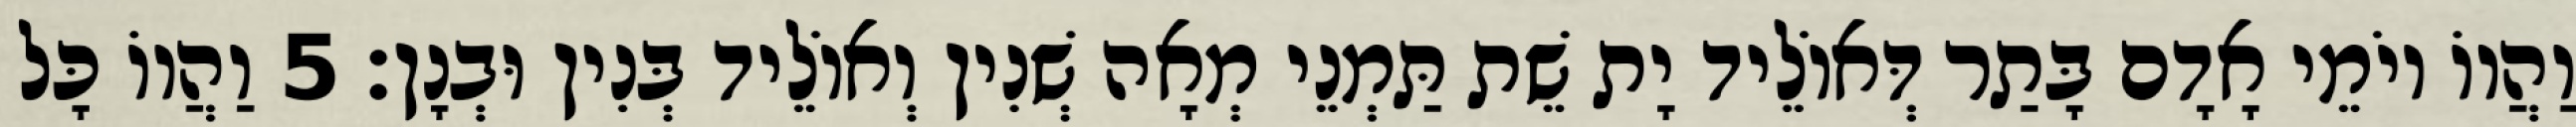
וַהֲווֹ יוֹמֵי אָדָם בָּתַר דְּאוֹלֵיד יָת שֵׁת תַּמְנֵי מְאָה שְׁנִין וְאוֹלֵיד בְּנִין וּבְנָן׃ 5 וַהֲווֹ כָּל